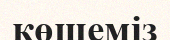
көшеміз